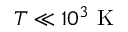
T \ll 1 0 ^ { 3 } \mathrm { ~ K ~ }